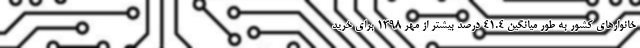
خانوارهای کشور به طور میانگین ٤١.٤ درصد بیشتر از مهر ١٣٩٨ برای خرید